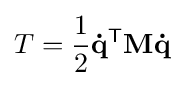
T={\frac {1}{2}}\mathbf {\dot {q}} ^{\textsf {T}}\mathbf {M} \mathbf {\dot {q}}